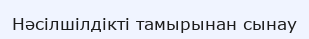
Нәсілшілдікті тамырынан сынау